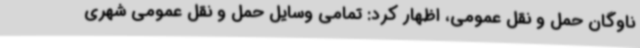
ناوگان حمل و نقل عمومی، اظهار کرد: تمامی وسایل حمل و نقل عمومی شهری